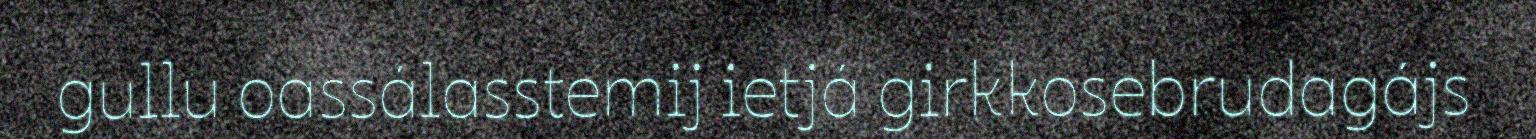
gullu oassálasstemij ietjá girkkosebrudagájs